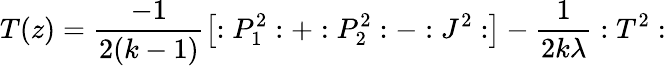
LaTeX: T(z)=\frac{-1}{2(k-1)}\left[:P_{1}^{2}:+:P_{2}^{2}:-:J^{2}:\right]-\frac 1{2k\lambda}:T^{2}: